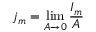
j _ { m } = \operatorname* { l i m } _ { A \rightarrow 0 } { \frac { I _ { m } } { A } }